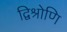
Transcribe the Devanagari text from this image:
द्विश्रोणि